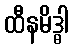
ထီနမိဒ္ဓါ